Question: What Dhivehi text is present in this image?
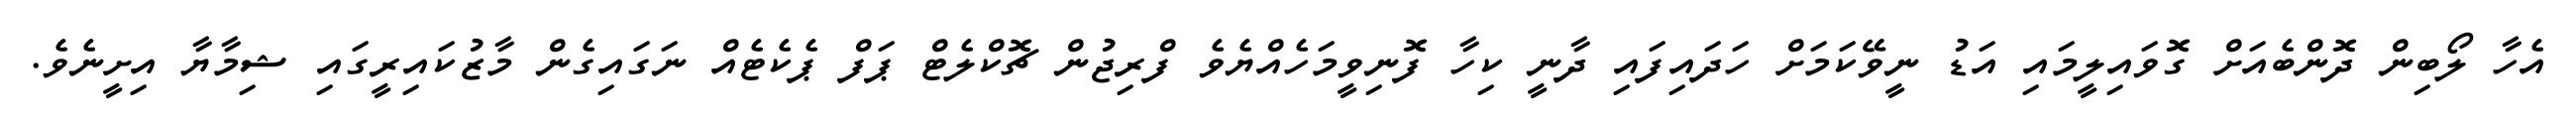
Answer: އެހާ ލޯބިން ދޮންބެއަށް ގޮވައިލީމައި އަޑު ނީވޭކަމަށް ހަދައިފައި ދާނީ ކިހާ ފޮނިވީމަހެއްޔެވެ ފްރިޖުން ޗޮކްލެޓް ޕަފް ޕެކެޓެއް ނަގައިގެން މާޒުކައިރީގައި ޝިމާޔާ އިށީނެވެ.